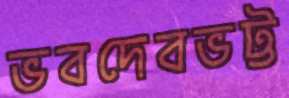
ভবদেবভট্ট